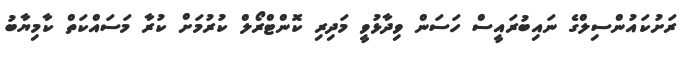
ރަށުކައުންސިލްގެ ނައިބުރައީސް ހަސަން ވިދާޅުވީ މަދިރި ކޮންޓްރޯލް ކުރުމަށް ކުރާ މަސައްކަތް ކާމިޔާބު